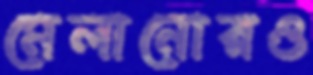
মেলানোরও